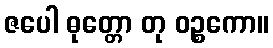
ဇပေါ ဓုတ္တော တု ဝဉ္စကော။